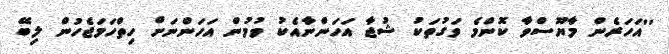
''އަހަރެން މާޔޫސްވާ ކޮންމެ ވަގުތަކު ޝުޖާ އަހަންނާއެކު ވުމުން އަހަންނަށް ހިތްހަމަޖެހުން ލިބޭ